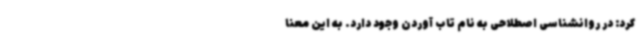
کرد: در روانشناسی اصطلاحی به نام تاب آوردن وجود دارد. به این معنا